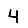
Digit: 4